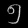
Digit: ၅